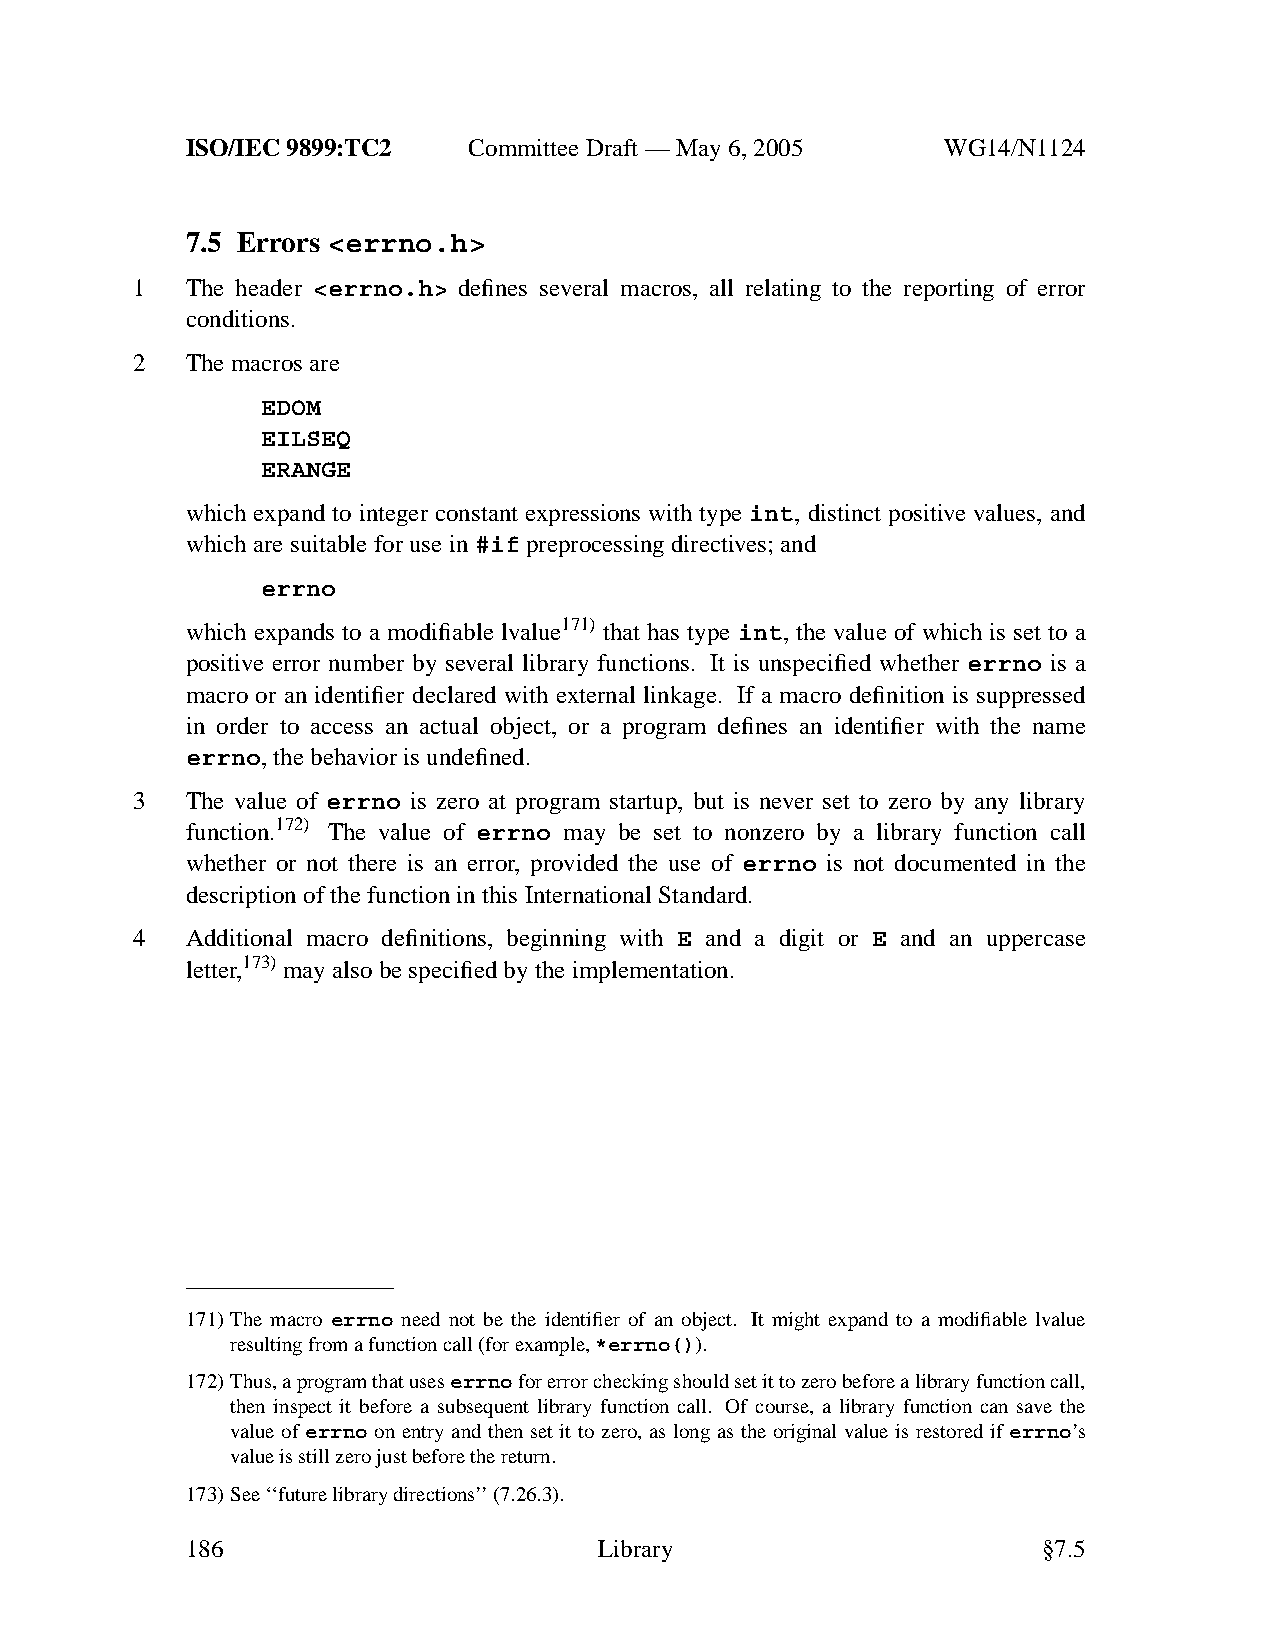
ISO/IEC 9899:TC2   Committee Draft — May 6, 2005   WG14/N1124
 7.5 Errors <errno.h>
 1  The header <errno.h> defines several macros, all relating to the reporting of error
 conditions.
 2  The macros are
 EDOM
 EILSEQ
 ERANGE
 which expand to integer constant expressions with type int, distinct positive values, and
 which are suitable for use in#if preprocessing directives; and
 errno
 which expands to a modifiable lvalue171) that has type int, the value of which is set to a
 positive error number by several library functions. It is unspecified whether errno is a
 macro or an identifier declared with external linkage. If a macro definition is suppressed
 in order to access an actual object, or a program defines an identifier with the name
 errno,the behavior is undefined.
 3  The value of errno is zero at program startup, but is never set to zero by any library
 function.172) The value of errno may be set to nonzero by a library function call
 whether or not there is an error, provided the use of errno is not documented in the
 description of the function in this International Standard.
 4  Additional macro definitions, beginning with E and a digit or E and an uppercase
 letter,173)may also be specified by the implementation.
 171)The macro errno need not be the identifier of an object. It might expand to a modifiable lvalue
 resulting from a function call (for example,*errno()).
 172)Thus, a program that useserrnofor error checking should set it to zero before a library function call,
 then inspect it before a subsequent library function call. Of course, a library function can save the
 value of errno on entry and then set it to zero, as long as the original value is restored if errno’s
 value is still zero just before the return.
 173)See ‘‘future library directions’’(7.26.3).
 186                         Library                      §7.5